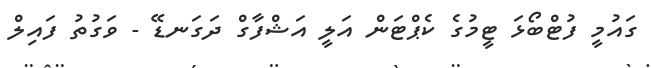
ގައުމީ ފުޓްބޯޅަ ޓީމުގެ ކެޕްޓަން އަލީ އަޝްފާގް ދަގަނޑޭ - ވަގުތު ފައިލް